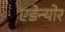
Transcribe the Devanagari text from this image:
एडेन्योर